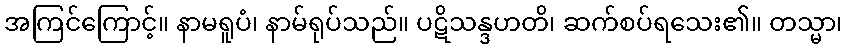
အကြင်ကြောင့်။ နာမရူပံ၊ နာမ်ရုပ်သည်။ ပဋိသန္ဒဟတိ၊ ဆက်စပ်ရသေး၏။ တသ္မာ၊